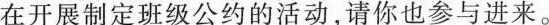
在开展制定班级公约的活动，请你也参与进来。